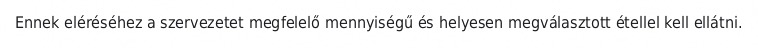
Ennek eléréséhez a szervezetet megfelelő mennyiségű és helyesen megválasztott étellel kell ellátni.